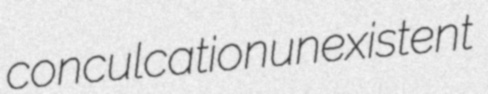
conculcation unexistent